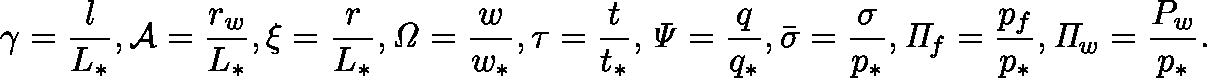
\gamma = \frac { l } { L _ { * } } , \mathcal { { A } } = \frac { r _ { w } } { L _ { * } } , \xi = \frac { r } { L _ { * } } , \mathit { \Omega } = \frac { w } { w _ { * } } , \tau = \frac { t } { t _ { * } } , \mathit { \Psi } = \frac { q } { q _ { * } } , \bar { \sigma } = \frac { \sigma } { p _ { * } } , \mathit { \Pi } _ { f } = \frac { p _ { f } } { p _ { * } } , \mathit { \Pi } _ { w } = \frac { P _ { w } } { p _ { * } } .